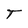
Character: T